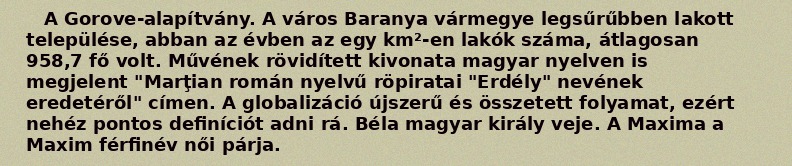
A Gorove-alapítvány. A város Baranya vármegye legsűrűbben lakott települése, abban az évben az egy km²-en lakók száma, átlagosan 958,7 fő volt. Művének rövidített kivonata magyar nyelven is megjelent "Marţian román nyelvű röpiratai "Erdély" nevének eredetéről" címen. A globalizáció újszerű és összetett folyamat, ezért nehéz pontos definíciót adni rá. Béla magyar király veje. A Maxima a Maxim férfinév női párja.